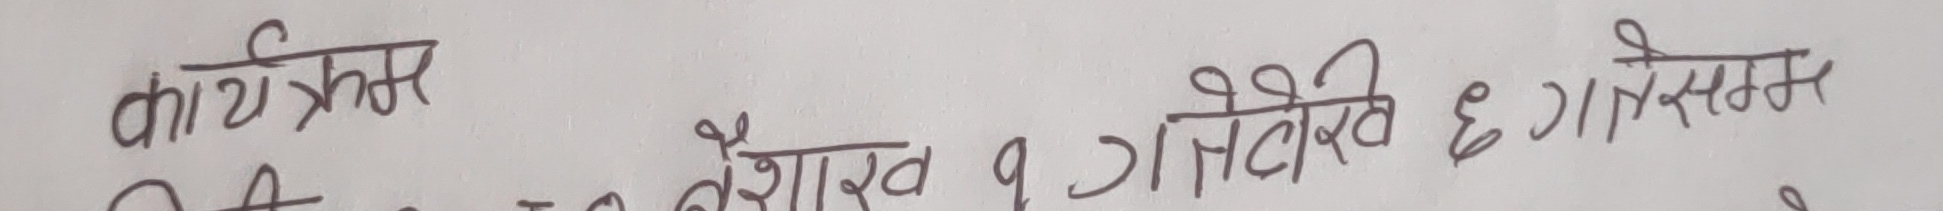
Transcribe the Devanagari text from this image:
कार्यक्रम वैशाख १ गते ६ गतेसम्म